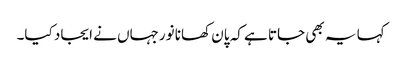
کہا یہ بھی جاتا ہے کہ پان کھانا نورجہاں نے ایجاد کیا۔